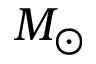
M _ { \odot }